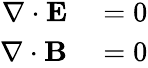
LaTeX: \begin{array}{rl}{\nabla\cdot\mathbf{E}}&{{}=0}\\ {\nabla\cdot\mathbf{B}}&{{}=0}\end{array}